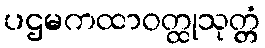
ပဌမကထာဝတ္ထုသုတ္တံ